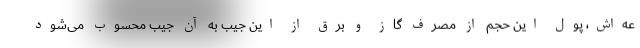
عه‌اش، پول این حجم از مصرف گاز و برق از این جیب به آن جیب محسوب می‌شود